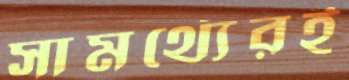
সামর্থ্যেরই